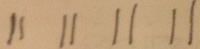
1 1 1 1 1 1 1 1